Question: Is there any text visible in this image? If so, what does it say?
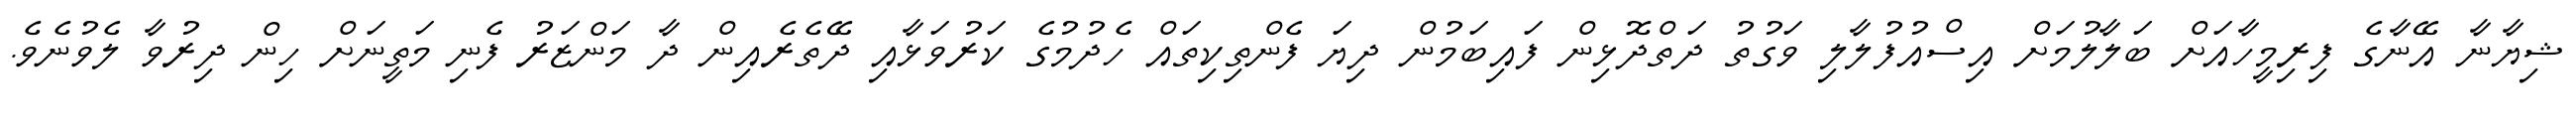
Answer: ޝިޔާނާ އޭނާގެ ފިރިމީހާއަށް ބަލާލުމަށް އިސްއުފުލާލި ވަގުތު ދަތްދޮޅިން ފައިބަމުން ދިޔަ ފެންތިކިތައް ހެދުމުގެ ކަރުވަޅާއި ދޭތެރެއިން ދާ މަންޒަރު ފެނި މަތީނަށް ހިން ދިރުވާ ލެވުނެވެ.